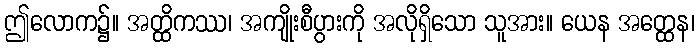
ဤလောက၌။ အတ္ထိကဿ၊ အကျိုးစီပွားကို အလိုရှိသော သူအား။ ယေန အတ္ထေန၊